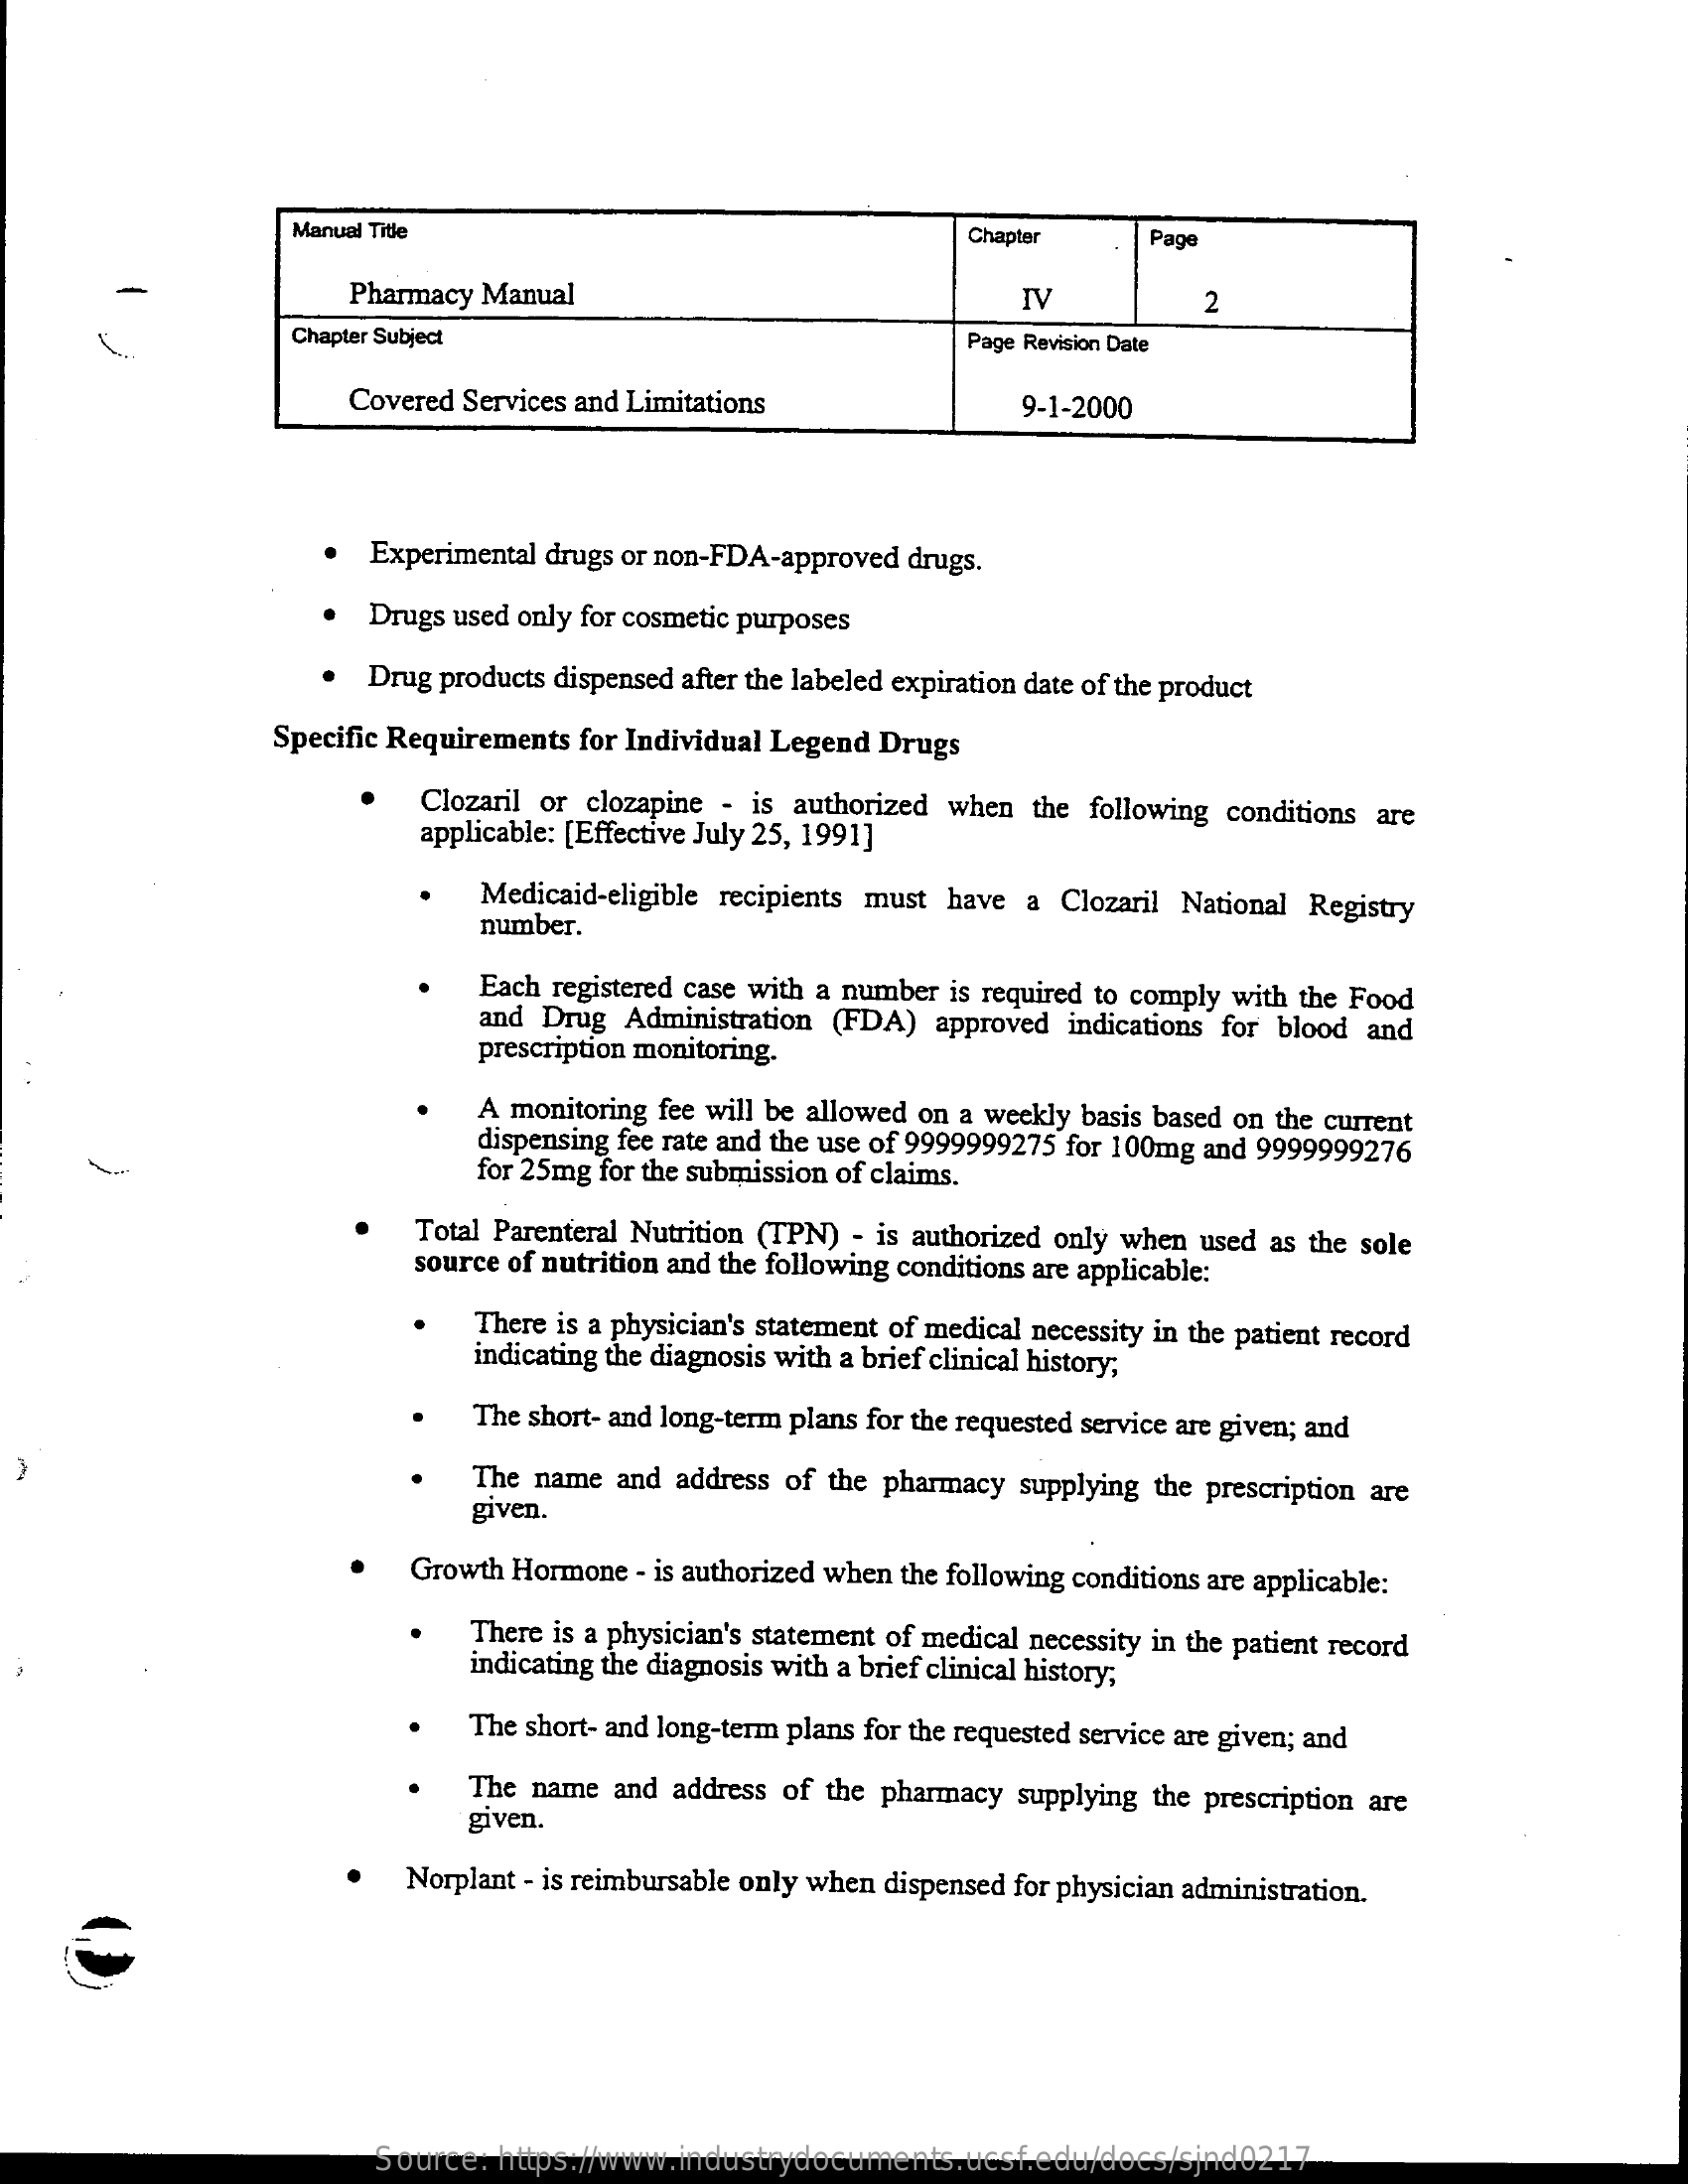
Manual Title    Chapter    Page
     Pharmacy Manual    IV    2
     Chapter Subject    Page Revision Date
     Covered Services and Limitations    9-1-2000
     Experimental drugs or non-FDA-approved drugs.
     Drugs used only for cosmetic purposes
     .  Drug products dispensed after the labeled expiration date of the product
     Specific Requirements for Individual Legend Drugs
     Clozaril or clozapine - is authorized when the following conditions are
     applicable: [Effective July 25, 1991]
     Medicaid-eligible recipients must have a Clozaril National Registry
     number.
     Each registered case with a number is required to comply with the Food
     and Drug  Administration (FDA) approved  indications for blood and
     prescription monitoring.
     A monitoring fee will be allowed on a weekly basis based on the current
     dispensing fee rate and the use of 9999999275 for 100mg and 9999999276
     for 25mg for the submission of claims.
     Total Parenteral Nutrition (TPN) - is authorized only when used as the sole
     source of nutrition and the following conditions are applicable:
     There is a physician's statement of medical necessity in the patient record
     indicating the diagnosis with a brief clinical history;
     The short- and long-term plans for the requested service are given; and
  -
     The name  and address of the pharmacy supplying the prescription are
     given.
     Growth Hormone  - is authorized when the following conditions are applicable:
     There is a physician's statement of medical necessity in the patient record
     indicating the diagnosis with a brief clinical history;
     The short- and long-term plans for the requested service are given; and
     The name and address of the pharmacy supplying the prescription are
     given.
     Norplant - is reimbursable only when dispensed for physician administration.
     Source:  https://www.industrydocuments.ucsf.edu/docs/sjnd0217